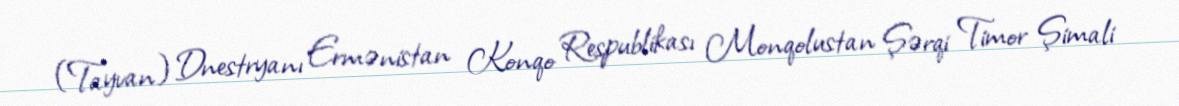
(Tayvan) Dnestryanı Ermənistan Konqo Respublikası Monqolustan Şərqi Timor Şimali